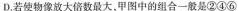
D. 若使物像放大倍数最大，甲图中的组合一般是②④⑥